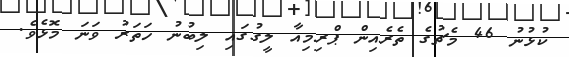
ކުޅުނު 46 މެޗުގެ ތެރެއިން ޕްރިމިއާ ލީގުގައި ލިބުނު ހަތަރު ވަނަ މޮޅެވެ.